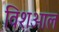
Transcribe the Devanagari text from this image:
विशआल